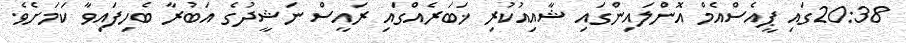
20:38ގައި ޕީއެސްއެމް އޮންލައިންގައި ޝާއިއުކުރި ޚަބަރެއްގައި ރައީސް ނަޝީދުގެ އަބުރާ ބެހިފައިވާ ކަމަށެވެ.